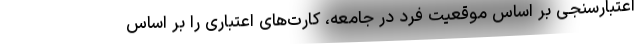
اعتبارسنجی بر اساس موقعیت فرد در جامعه، کارت‌های اعتباری را بر اساس